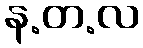
န.တ.လ